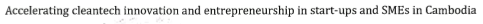
Accelerating cleantech innovation and entrepreneurship in start-ups and SMEs in Cambodia